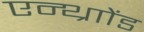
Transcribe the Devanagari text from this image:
एन्थ्राोंड